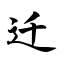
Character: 迁